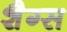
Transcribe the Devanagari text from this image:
शैग्स